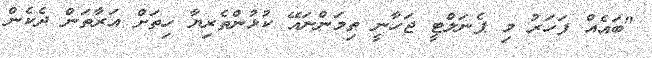
"ބައެއް ފަހަރު މި ޕެނަލްޓީ ޖަހާނީ ތިމަންނައޭ ކުޅުންތެރިޔާ ހިތަށް އަރާތަން ދެކެން